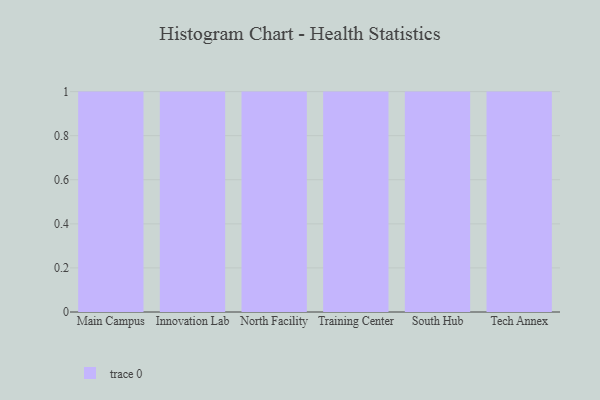
{"axis": {"x": "Campus", "y": "Conversion Rate (%)"}, "legend": [""], "data": [{"x": "Main Campus", "y": 29, "type": ""}, {"x": "Innovation Lab", "y": 16, "type": ""}, {"x": "North Facility", "y": 35, "type": ""}, {"x": "Training Center", "y": 75, "type": ""}, {"x": "South Hub", "y": 48, "type": ""}, {"x": "Tech Annex", "y": 19, "type": ""}]}